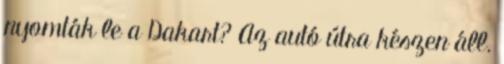
nyomták le a Dakart? Az autó útra készen áll.